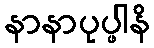
နာနာပုပ္ဖါနိ